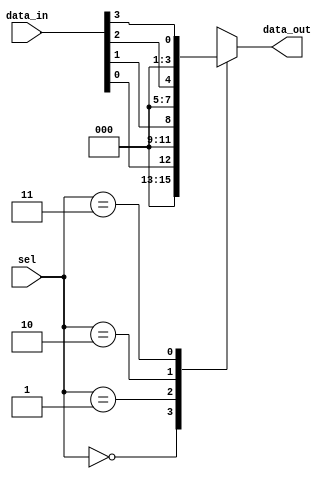
module parameterized_mux #(
    parameter N = 4 // Default number of inputs
) (
    input  wire [N-1:0] data_in, // N input data lines
    input  wire [$clog2(N)-1:0] sel, // Selection input (log2(N) bits)
    output reg [N-1:0] data_out // Output data line
);

    always @(*) begin
        case (sel)
            0: data_out = data_in[0];
            1: data_out = data_in[1];
            2: data_out = data_in[2];
            3: data_out = data_in[3];
            // Add more cases as needed based on N
            default: data_out = {N{1'b0}}; // Default case for invalid selection
        endcase
    end

endmodule